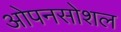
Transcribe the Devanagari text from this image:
ओपनसोशल